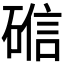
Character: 𬒘